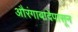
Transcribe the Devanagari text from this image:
औरंगाबादेपासून